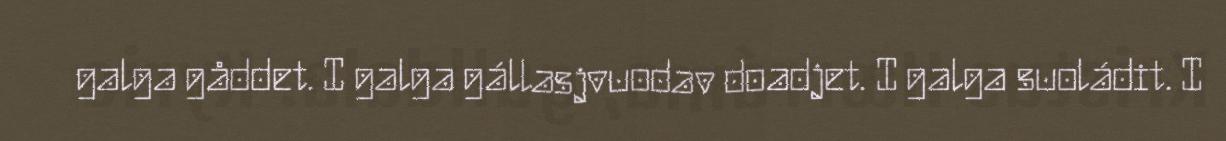
galga gåddet. I galga gállasjvuodav doadjet. I galga suoládit. I